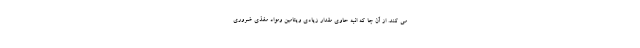
می کند. از آن جا که انبه حاوی مقدار زیادی ویتامین ومواد مغذی ضروری